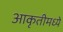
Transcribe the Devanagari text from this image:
आकृतीमध्ये